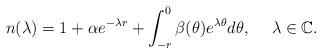
LaTeX: \begin{align*}n(\lambda) = 1 + \alpha e^{-\lambda r} + \int^0_{-r} \beta(\theta) e^{\lambda\theta}d\theta,\hskip 15pt \lambda\in {\mathbb C}.\end{align*}